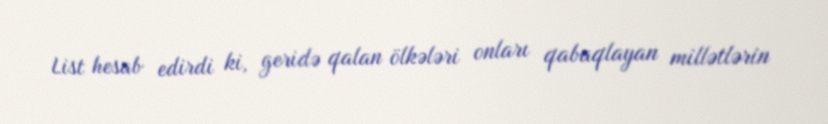
List hesab edirdi ki, geridə qalan ölkələri onları qabaqlayan millətlərin